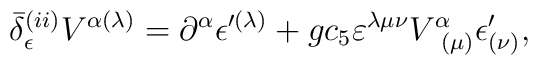
\bar{\delta}_{\epsilon }^{(ii)}V^{\alpha (\lambda )}=\partial ^{\alpha}\epsilon ^{\prime (\lambda )}+gc_{5}\varepsilon ^{\lambda \mu \nu}V_{\;\;(\mu )}^{\alpha }\epsilon _{(\nu )}^{\prime },